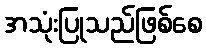
အသုံးပြုသည်ဖြစ်စေ